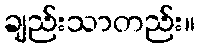
ချည်းသာတည်း။